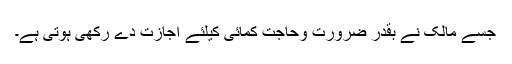
جسے مالک نے بقدر ضرورت وحاجت کمائی کیلئے اجازت دے رکھی ہوتی ہے۔